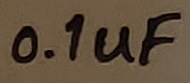
Text: 0.1uF